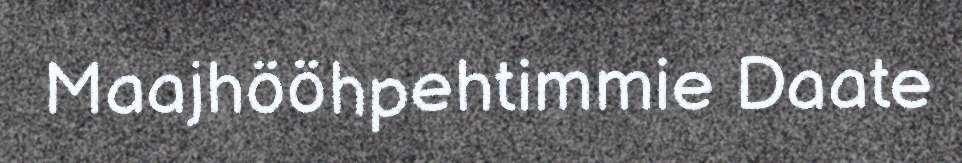
Maajhööhpehtimmie Daate